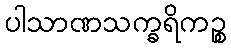
ပါသာဏသက္ခရိကဉ္စ